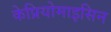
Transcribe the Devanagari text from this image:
केप्रियोमाइसिन